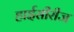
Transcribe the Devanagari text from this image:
हाईसीरीज